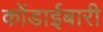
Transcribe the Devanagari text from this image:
कोंडाईबारी